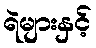
ရဲများနှင့်